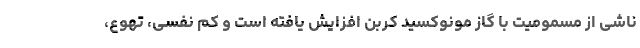
ناشی از مسمومیت با گاز مونوکسید کربن افزایش یافته است و کم نفسی، تهوع،